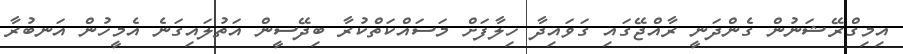
އިމިގްރޭޝަނުން ގެންދަނީ ރާއްޖޭގައި ގަވައިދާ ހިލާފަށް މަސައްކަތްކުރާ ބިދޭސީން އަތުލައިގަނެ އެމީހުން އަނބުރާ